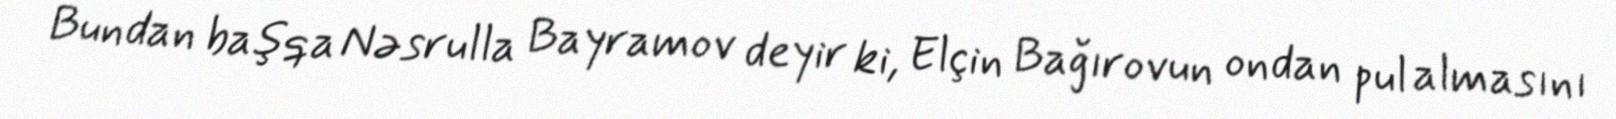
Bundan başqa Nəsrulla Bayramov deyir ki, Elçin Bağırovun ondan pul almasını